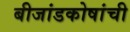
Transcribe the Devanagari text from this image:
बीजांडकोषांची